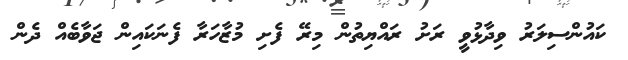
ކައުންސިލަރު ވިދާޅުވީ ރަށު ރައްޔިތުން މިރޭ ފެށި މުޒާހަރާ ފެނަކައިން ޖަވާބެއް ދެން